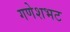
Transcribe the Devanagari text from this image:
गणेशभट